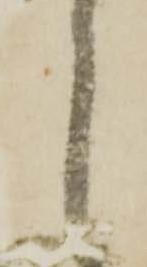
候